Medical and sanitary report of the native army of Madras for the year
Year: 1876
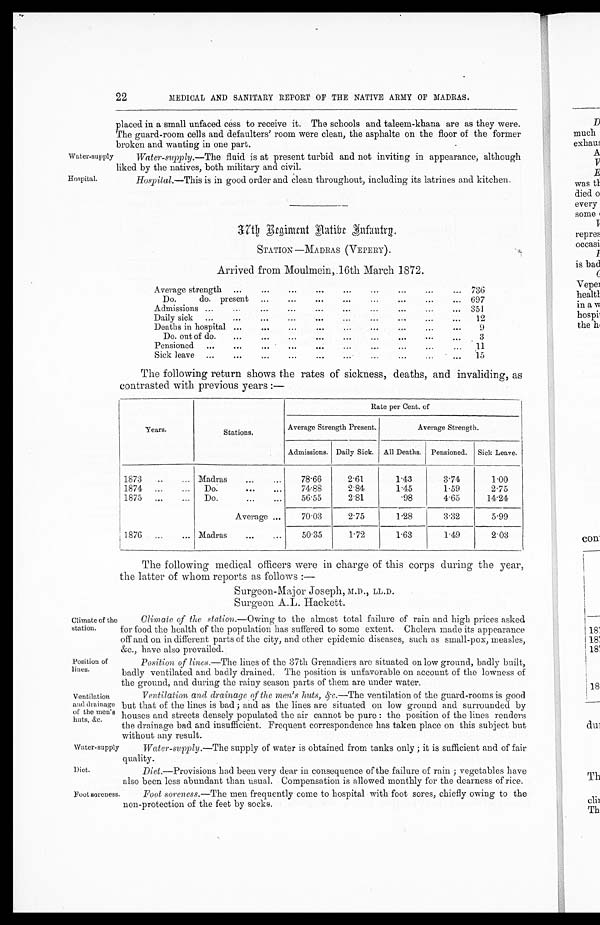
Water-suppy
Hospital.
Ventilation
and drainage
of the men's
huts, &c.
Water-supply
Diet.
Foot soreness.
22
MEDICAL AND SANITARY REPORT OF THE NATIVE ARMY OF MADRAS.
placed in a small unfaced cess to receive it. The schools and taleem-khana are as they were.
The guard-room cells and defaulters' room were clean, the asphalte on the floor of the former
broken and wanting in one part.
Water-supply. —The fluid is at present turbid and not inviting in appearance, although
liked by the natives, both military and civil.
Hospital.—This is in good order and clean throughout, including its latrines and kitchen.
37th Regiment Native Infantry.
STATION —MADRAS (VEPERY).
Arrived from Moulmein, 16th March 1872.
Average strength
736
Do. do. present
697
Admissions
351
Daily sick
12
Deaths in hospital
9
Do. out of do.
3
Pensioned
11
Sick leave
15
The following return shows the rates of sickness, deaths, and invaliding, as
contrasted with previous years:—
Years.
Stations.
Rate per Cent. of
Average Strength Present.
Average Strength.
Admissions. Daily Sick. All Deaths. Pensioned. Sick Leave.
1873
Madras
78.66
2.61 1.43
3.74
1.00
1874
Do.
74.88
2.84
1.45
1.59
2.75
1875
Do.
56.55
2.81
.98
4.65
14.24
Average
70.03
2.75 1.28
3.32
5.99
1876
Madras
50.35
1.72
1.63
1.49
2.03
The following medical officers were in charge of this corps during the year,
the latter of whom reports as follows:
—
Surgeon-Major Joseph,
M . D . , L L . D .
Surgeon A.L. Hackett.
Climate of the
station.
Position of
lines.
Climate of the station. —Owing to the almost total failure of rain and high prices asked
for food the health of the population has suffered to some extent. Cholera made its appearance
off and on in different parts of the city, and other epidemic diseases, such as small-pox, measles,
&c., have also prevailed.
Position of lines. —The lines of the 37th Grenadiers are situated on low ground, badly built,
badly ventilated and badly drained. The position is unfavorable on account of the lowness of
the ground, and during the rainy season parts of them are under water.
Ventilation and drainage of the men's huts, &c. —The ventilation of the guard-rooms is good
but that of the lines is bad; and as the lines are situated on low ground and surrounded by
houses and streets densely populated the air cannot be pure: the position of the lines renders
the drainage bad and insufficient. Frequent correspondence has taken place on this subject but
without any result.
Water-supply. —The supply of water is obtained from tanks only; it is sufficient and of fair
quality.
Diet.—Provisions had been very dear in consequence of the failure of rain; vegetables have
also been less abundant than usual. Compensation is allowed monthly for the dearness of rice.
Foot soreness. —The men frequently come to hospital with foot sores, chiefly owing to the
non-protection of the feet by socks.